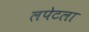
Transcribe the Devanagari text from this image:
लपेटला